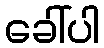
ခေါ်ပါ